画像に写った文字を読んでください
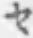
「セ」と書いてあります